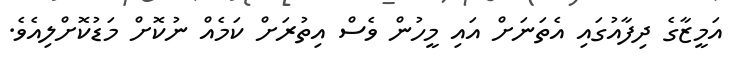
އަމީޒާގެ ދިފާއުގައި އެތަނަށް އައި މީހުން ވެސް އިތުރަށް ކަމެއް ނުކޮށް މަޑުކޮށްލިއެވެ.